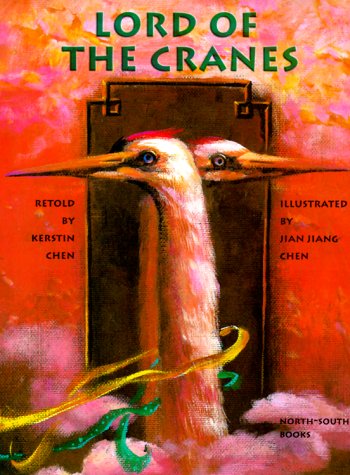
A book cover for Lord of the Cranes (Michael Neugebauer Book); Kerstin Chen; Children's Books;